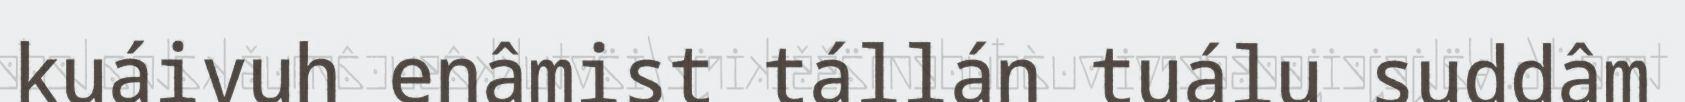
kuáivuh enâmist tállán tuálu suddâm